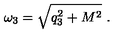
\omega _ { 3 } = \sqrt { q _ { 3 } ^ { 2 } + M ^ { 2 } } \ .